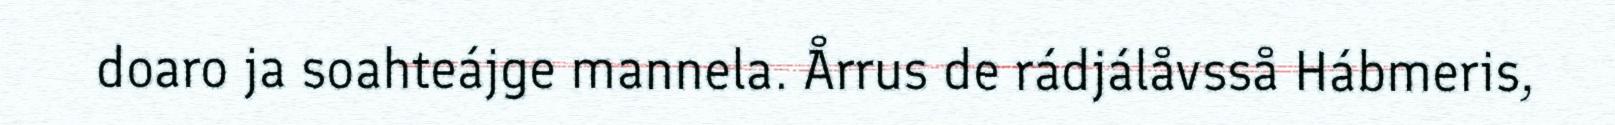
doaro ja soahteájge mannela. Årrus de rádjálåvsså Hábmeris,